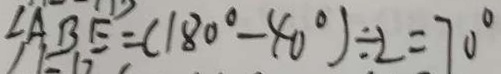
\angle A B E = ( 1 8 0 ^ { \circ } - 4 0 ^ { \circ } ) \div 2 = 7 0 ^ { \circ }